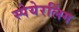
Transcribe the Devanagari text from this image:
स्पेयेरलिंग